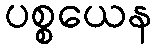
ပစ္စယေန